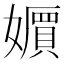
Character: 𡣧